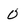
Character: 0